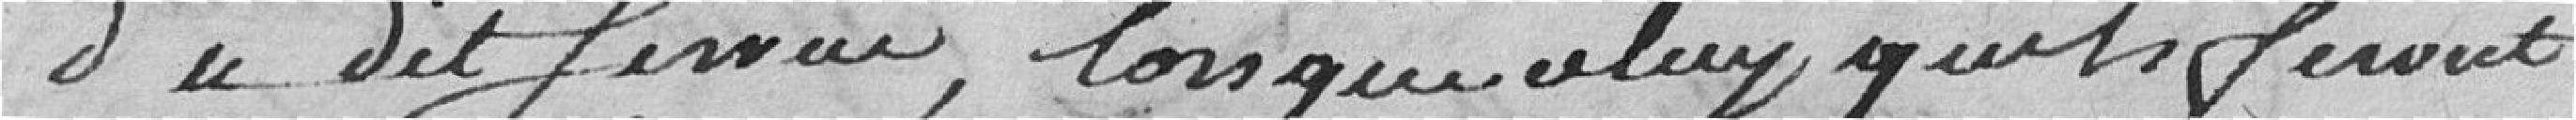
du dit service, lorsque celui qu'ils feront